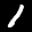
Label: 1